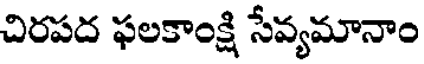
చిరపద ఫలకాంక్షి సేవ్యమానాం